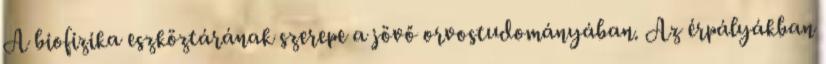
A biofizika eszköztárának szerepe a jövő orvostudományában. Az érpályákban